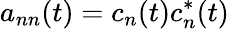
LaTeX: a_{nn}(t)=c_{n}(t)c_{n}^{*}(t)